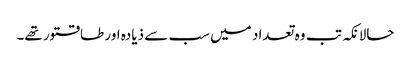
حالانکہ تب وہ تعداد میں سب سے ذیادہ اور طاقتور تھے۔